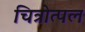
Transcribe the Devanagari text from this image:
चित्रोत्पल